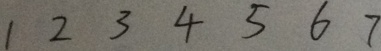
1 2 3 4 5 6 7